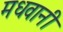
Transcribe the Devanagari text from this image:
मधवानी